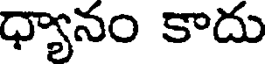
ధ్యానం కాదు